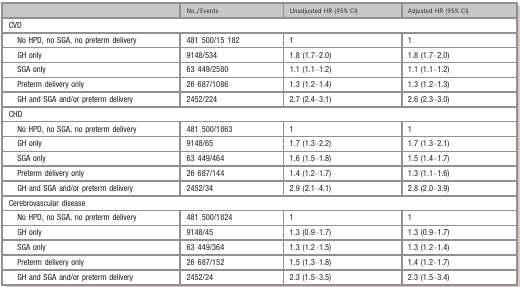
|  | No./Events | Unadjusted HR (95% CI) | Adjusted HR (95% CI) |
 | --- | --- | --- | --- |
 | <COLSPAN=4> CVD |
 | No HPD, no SGA, no preterm delivery | 481 500/15 182 | 1 | 1 |
 | GH only | 9148/534 | 1.8 (1.7–2.0) | 1.8 (1.7–2.0) |
 | SGA only | 63 449/2580 | 1.1 (1.1–1.2) | 1.1 (1.1–1.2) |
 | Preterm delivery only | 26 687/1086 | 1.3 (1.2–1.4) | 1.3 (1.2–1.3) |
 | GH and SGA and/or preterm delivery | 2452/224 | 2.7 (2.4–3.1) | 2.6 (2.3–3.0) |
 | <COLSPAN=4> CHD |
 | No HPD, no SGA, no preterm delivery | 481 500/1863 | 1 | 1 |
 | GH only | 9148/65 | 1.7 (1.3–2.2) | 1.7 (1.3–2.1) |
 | SGA only | 63 449/464 | 1.6 (1.5–1.8) | 1.5 (1.4–1.7) |
 | Preterm delivery only | 26 687/144 | 1.4 (1.2–1.7) | 1.3 (1.1–1.6) |
 | GH and SGA and/or preterm delivery | 2452/34 | 2.9 (2.1–4.1) | 2.8 (2.0–3.9) |
 | <COLSPAN=4> Cerebrovascular disease |
 | No HPD, no SGA, no preterm delivery | 481 500/1824 | 1 | 1 |
 | GH only | 9148/45 | 1.3 (0.9–1.7) | 1.3 (0.9–1.7) |
 | SGA only | 63 449/364 | 1.3 (1.2–1.5) | 1.3 (1.2–1.4) |
 | Preterm delivery only | 26 687/152 | 1.5 (1.3–1.8) | 1.4 (1.2–1.7) |
 | GH and SGA and/or preterm delivery | 2452/24 | 2.3 (1.5–3.5) | 2.3 (1.5–3.4) |